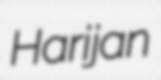
Harijan